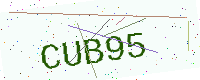
Text: CUB95